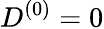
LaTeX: D^{(0)}=0